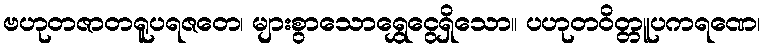
ဗဟုတဇာတရူပရဇတေ၊ များစွာသောရွှေငွေရှိသော။ ပဟုတဝိတ္တူပကရဏေ၊